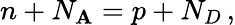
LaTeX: n+N_{\mathbf{A}}=p+N_{D}\, ,